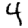
Digit: 4